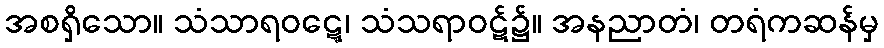
အစရှိသော။ သံသာရဝဋ္ဋေ၊ သံသရာဝဋ်၌။ အနညာတံ၊ တရံကဆန်မှ